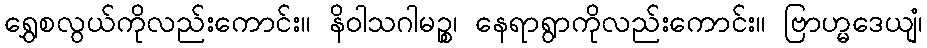
ရွှေစလွယ်ကိုလည်းကောင်း။ နိဝါသဂါမဉ္စ၊ နေရာရွာကိုလည်းကောင်း။ ဗြာဟ္မဒေယျံ၊